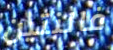
فالنتين